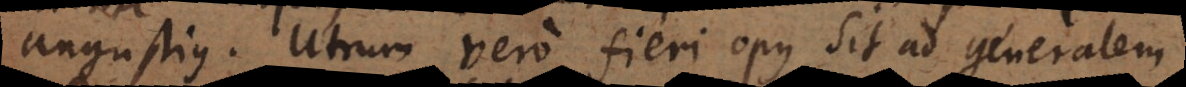
angustius. Utrum vero fieri opus sit ad generalem